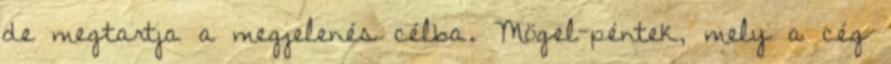
de megtartja a megjelenés célba. Mögel-péntek, mely a cég